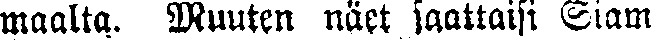
maalta. Muuten näet saattaisi Siam